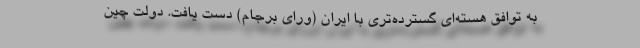
به توافق هسته‌ای گسترده‌تری با ایران (ورای برجام) دست یافت. دولت چین